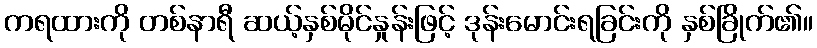
ကရထားကို တစ်နာရီ ဆယ့်နှစ်မိုင်နှုန်းဖြင့် ဒုန်းမောင်းရခြင်းကို နှစ်ခြိုက်၏။